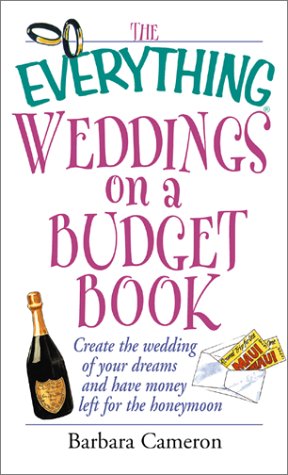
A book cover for The Everything Weddings on a Budget Book: Create the Wedding of Your Dreams and Have Money Left for the Honeymoon (Everything Series); Barbara Cameron; Crafts, Hobbies & Home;